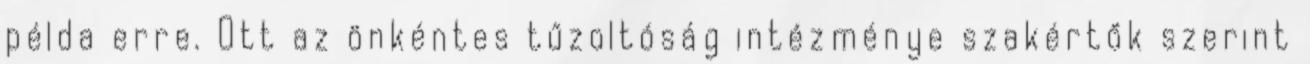
példa erre. Ott az önkéntes tűzoltóság intézménye szakértők szerint